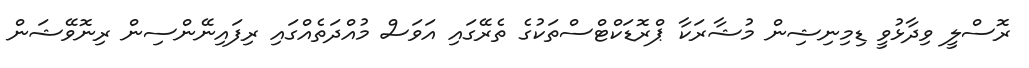
ރޮސްލީ ވިދާޅުވީ ޑިމިނިޝިން މުޝާރަކާ ޕްރޮޑަކްޓްސްތަކުގެ ތެރޭގައި އަވަސް މުއްދަތެއްގައި ރިފައިނޭންސިން ރިނޮވޭޝަން